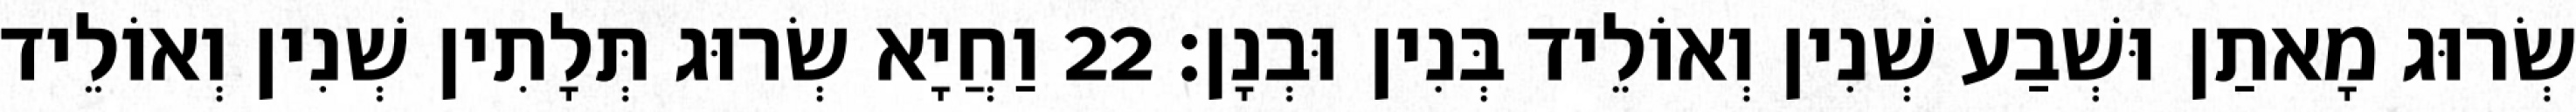
שְׂרוּג מָאתַן וּשְׁבַע שְׁנִין וְאוֹלֵיד בְּנִין וּבְנָן׃ 22 וַחֲיָא שְׂרוּג תְּלָתִין שְׁנִין וְאוֹלֵיד